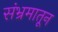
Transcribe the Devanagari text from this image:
संभ्रमातून